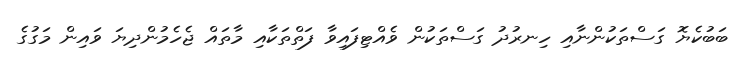
ބަބުކެޔޮ ގަސްތަކުންނާއި ހިނރުދު ގަސްތަކުން ވެއްޓިފައިވާ ފަތްތަކާއި މާތައް ޖެހެމުންދިޔަ ވައިން މަގުގެ